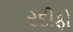
રદીફો